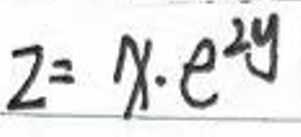
$z = x \cdot e ^ { y }$